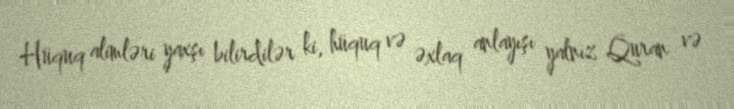
Hüquq alimləri yaxşı bilirdilər ki, hüquq və əxlaq anlayışı yalnız Quran və